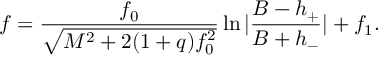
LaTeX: f = \frac { f _ { 0 } } { \sqrt { M ^ { 2 } + 2 ( 1 + q ) f _ { 0 } ^ { 2 } } } \ln | \frac { B - h _ { + } } { B + h _ { - } } | + f _ { 1 } .